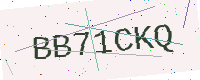
Text: BB71CKQ